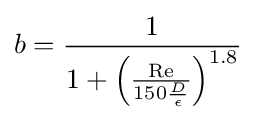
b={\frac {1}{1+\left({\frac {\mathrm {Re} }{150{\frac {D}{\epsilon }}}}\right)^{1.8}}}